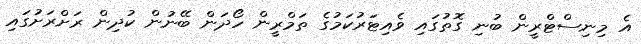
އެ މިނިސްޓްރީން ބުނި ގޮތުގައި ވެއިޓަރުކަމުގެ ތަމްރީން ހޯދަން ބޭނުން ކުދިން ރަށްރަށުގައި